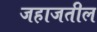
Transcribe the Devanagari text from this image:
जहाजतील